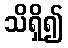
သိရှိ၍